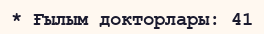
* Ғылым докторлары: 41